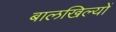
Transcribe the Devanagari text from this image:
बालखिल्यों